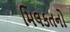
મિલકતનો